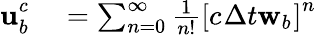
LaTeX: \begin{array}{rl}{\mathbf{u}_{b_{}}^{c_{}}}&{{}=\sum_{n=0}^{\infty}\frac{1}{n!}\left[c_{}\Delta t{}\mathbf{w}_{b_{}}\right]^{n}}\end{array}